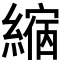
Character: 𦄲